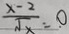
\frac { x - 2 } { \sqrt { x } } = 0